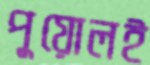
পুয়োলই